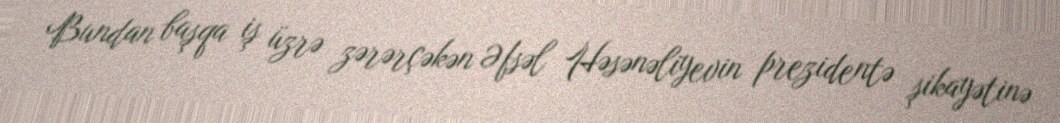
Bundan başqa iş üzrə zərərçəkən Əfsəl Həsənəliyevin prezidentə şikayətinə